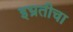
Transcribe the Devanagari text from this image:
इभ्रतीचा